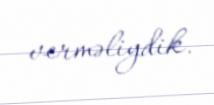
verməliydik.